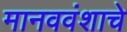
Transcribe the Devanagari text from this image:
मानववंशाचे